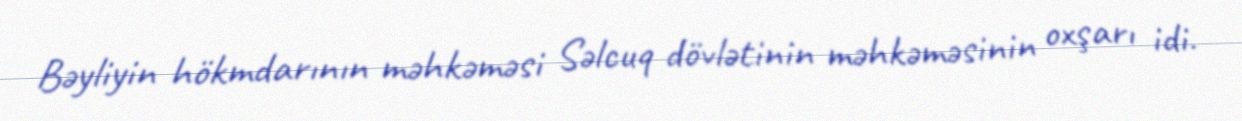
Bəyliyin hökmdarının məhkəməsi Səlcuq dövlətinin məhkəməsinin oxşarı idi.